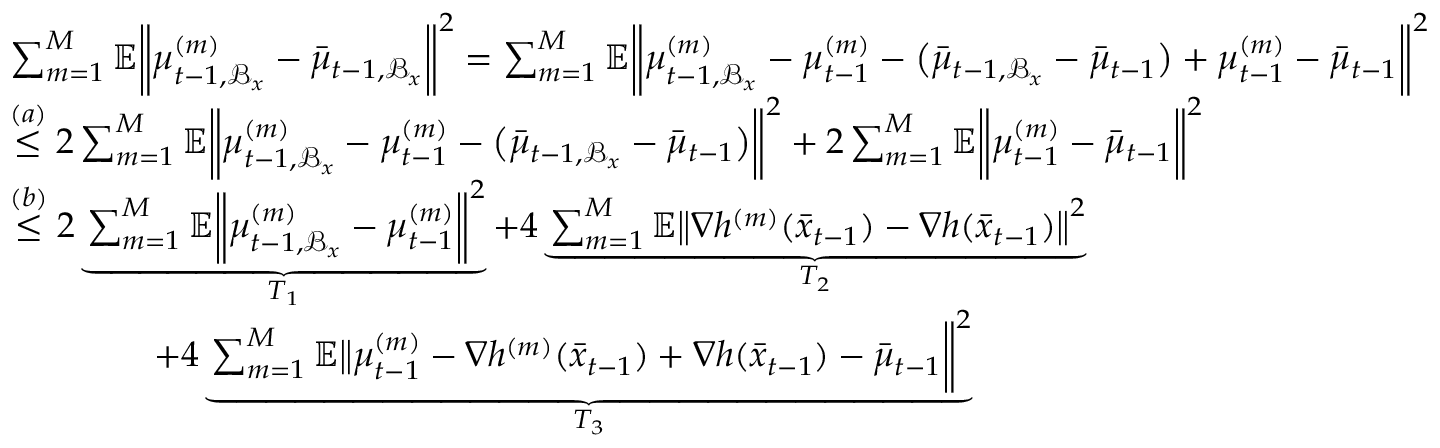
\begin{array} { r l } & { \sum _ { m = 1 } ^ { M } \mathbb { E } \bigg \| \mu _ { t - 1 , \mathcal { B } _ { x } } ^ { ( m ) } - \bar { \mu } _ { t - 1 , \mathcal { B } _ { x } } \bigg \| ^ { 2 } = \sum _ { m = 1 } ^ { M } \mathbb { E } \bigg \| \mu _ { t - 1 , \mathcal { B } _ { x } } ^ { ( m ) } - \mu _ { t - 1 } ^ { ( m ) } - \big ( \bar { \mu } _ { t - 1 , \mathcal { B } _ { x } } - \bar { \mu } _ { t - 1 } \big ) + \mu _ { t - 1 } ^ { ( m ) } - \bar { \mu } _ { t - 1 } \bigg \| ^ { 2 } } \\ & { \overset { ( a ) } { \leq } 2 \sum _ { m = 1 } ^ { M } \mathbb { E } \bigg \| \mu _ { t - 1 , \mathcal { B } _ { x } } ^ { ( m ) } - \mu _ { t - 1 } ^ { ( m ) } - \big ( \bar { \mu } _ { t - 1 , \mathcal { B } _ { x } } - \bar { \mu } _ { t - 1 } \big ) \bigg \| ^ { 2 } + 2 \sum _ { m = 1 } ^ { M } \mathbb { E } \bigg \| \mu _ { t - 1 } ^ { ( m ) } - \bar { \mu } _ { t - 1 } \bigg \| ^ { 2 } } \\ & { \overset { ( b ) } { \leq } 2 \underbrace { \sum _ { m = 1 } ^ { M } \mathbb { E } \bigg \| \mu _ { t - 1 , \mathcal { B } _ { x } } ^ { ( m ) } - \mu _ { t - 1 } ^ { ( m ) } \bigg \| ^ { 2 } } _ { T _ { 1 } } + 4 \underbrace { \sum _ { m = 1 } ^ { M } \mathbb { E } \big \| \nabla h ^ { ( m ) } ( \bar { x } _ { t - 1 } ) - \nabla h ( \bar { x } _ { t - 1 } ) \big \| ^ { 2 } } _ { T _ { 2 } } } \\ & { \qquad \qquad + 4 \underbrace { \sum _ { m = 1 } ^ { M } \mathbb { E } \big \| \mu _ { t - 1 } ^ { ( m ) } - \nabla h ^ { ( m ) } ( \bar { x } _ { t - 1 } ) + \nabla h ( \bar { x } _ { t - 1 } ) - \bar { \mu } _ { t - 1 } \bigg \| ^ { 2 } } _ { T _ { 3 } } } \end{array}